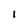
Character: l